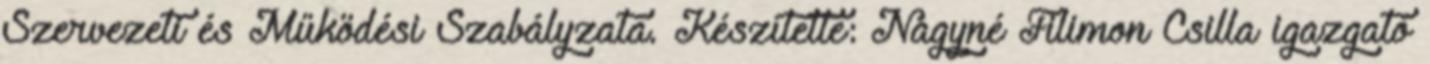
Szervezeti és Működési Szabályzata. Készítette: Nagyné Filimon Csilla igazgató